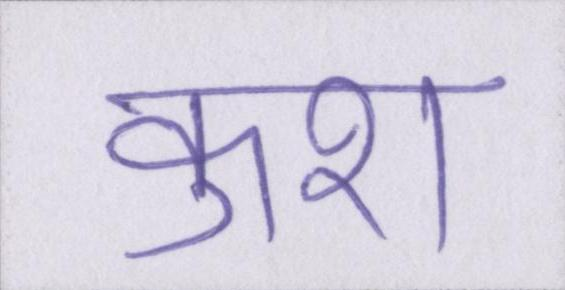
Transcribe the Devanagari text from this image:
कुश